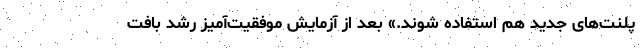
پلنت‌های جدید هم استفاده شوند.» بعد از آزمایش موفقیت‌آمیز رشد بافت